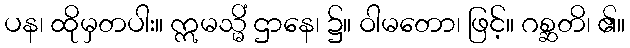
ပန၊ ထိုမှတပါး။ ဣမသ္မိံ ဌာနေ၊ ၌။ ဝါမတော၊ ဖြင့်။ ဂစ္ဆတိ၊ ၏။